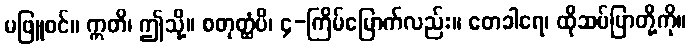
မဖြူစင်။ ဣတိ၊ ဤသို့။ စတုတ္ထံပိ၊ ၄-ကြိမ်မြောက်လည်း။ တေခါရေ၊ ထိုဆပ်ပြာတို့ကို။